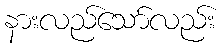
နားလည်သော်လည်း